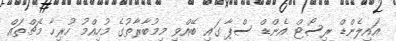
އައިލެންޑް ރިސޯޓް އެންޑް ސްޕާ ގައި ބޭއްވި މިމުބާރާތުގެ މުހިއްމު ހުރިހާ މެޗްތައް